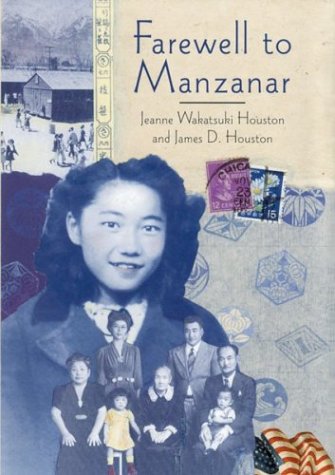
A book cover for Farewell to Manzanar; Jeanne Wakatsuki Houston; Biographies & Memoirs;